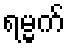
ရမ္မက်